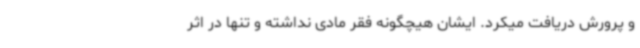
و پرورش دریافت میکرد. ایشان هیچگونه فقر مادی نداشته و تنها در اثر